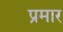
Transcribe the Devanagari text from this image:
प्रमार